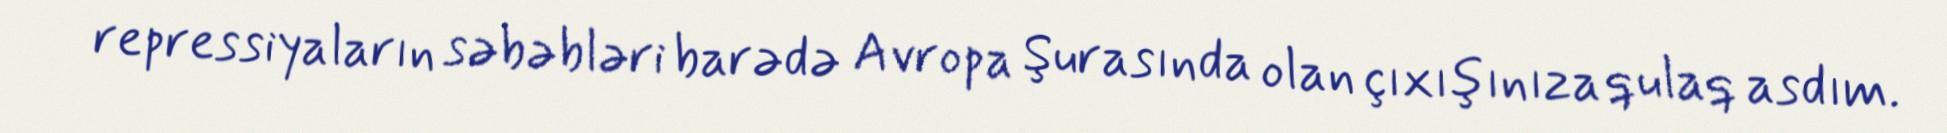
repressiyaların səbəbləri barədə Avropa Şurasında olan çıxışınıza qulaq asdım.